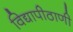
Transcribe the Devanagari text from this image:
विद्यापीठाणी